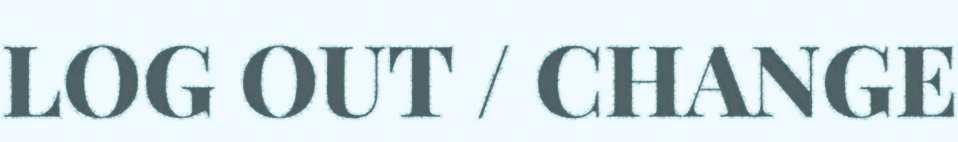
LOG OUT / CHANGE